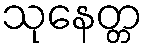
သုနေတ္တ